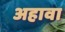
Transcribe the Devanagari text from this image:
अहावा